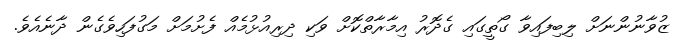
ޒުވާނުންނަށް ލިބިފައިވާ ގޯތީގައި ގެދޮރު އިމާރާތްކޮށް ވަކި ދިރިއުޅުމެއް ފެށުމަށް މަގުފަހިވެގެން ދާނެއެވެ.